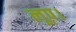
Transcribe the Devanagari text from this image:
लूप।